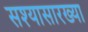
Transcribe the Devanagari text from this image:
सश्यासारख्या